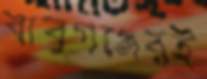
বাবুগঞ্জেরই